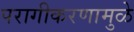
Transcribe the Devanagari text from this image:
परागीकरणामुळे